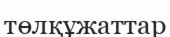
төлқұжаттар